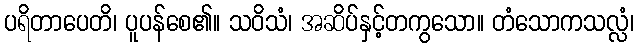
ပရိတာပေတိ၊ ပူပန်စေ၏။ သဝိသံ၊ အဆိပ်နှင့်တကွသော။ တံသောကသလ္လံ၊